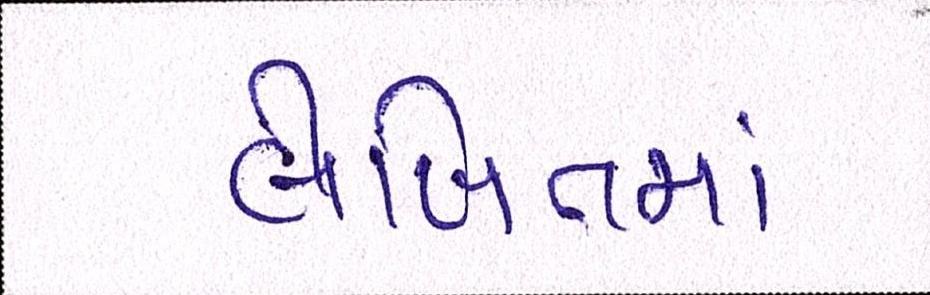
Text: લેખિતમાં